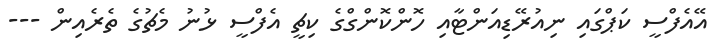
އޭއެފްސީ ކަޕްގައި ނިއުރޭޑިއަންޓާއި ހޮންކޮންގްގެ ކިޗީ އެފްސީ ޅުނު މެޗުގެ ތެރެއިން ---